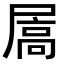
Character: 𪨓